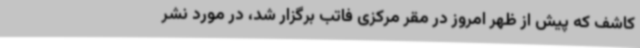
کاشف که پیش از ظهر امروز در مقر مرکزی فاتب برگزار شد، در مورد نشر